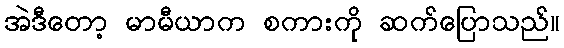
အဲဒီတော့ မာမီယာက စကားကို ဆက်ပြောသည်။